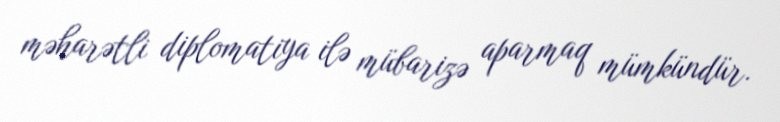
məharətli diplomatiya ilə mübarizə aparmaq mümkündür.